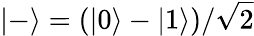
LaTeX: |-\rangle=(|0\rangle-|1\rangle)/{\sqrt{2}}